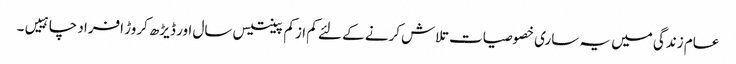
عام زندگی میں یہ ساری خصوصیات تلاش کرنے کے لئے کم ازکم پینتیس سال اور ڈیڑھ کروڑ افراد چاہییں۔